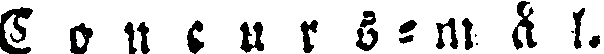
Concurs-mål.